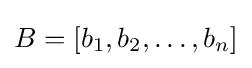
B=[b_{1},b_{2},\ldots ,b_{n}]